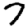
Digit: 7